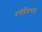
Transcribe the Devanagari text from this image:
पंचेद्रियानाह।